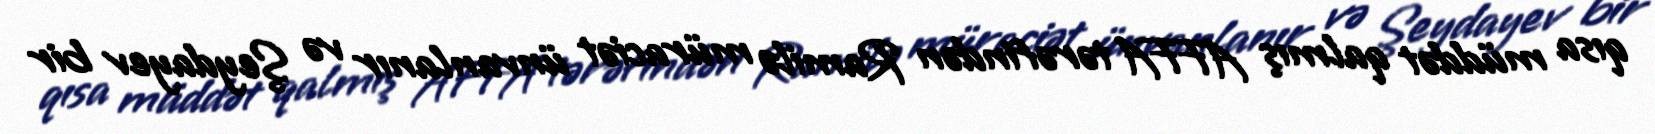
qısa müddət qalmış AFFA tərəfindən Ramilə müraciət ünvanlanır və Şeydayev bir